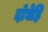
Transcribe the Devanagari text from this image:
दोघेहि